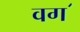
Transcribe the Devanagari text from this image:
वग॔